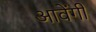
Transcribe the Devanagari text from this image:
आवेंगी